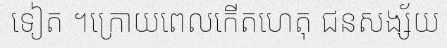
ទៀត ។ក្រោយពេលកើតហេតុ ជនសង្ស័យ